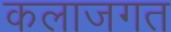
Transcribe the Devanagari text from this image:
कलाजगत